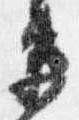
衛